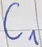
Text: C1